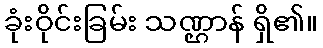
ခုံးဝိုင်းခြမ်း သဏ္ဌာန် ရှိ၏။